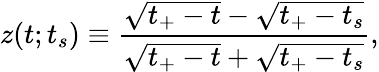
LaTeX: z(t;t_{s})\equiv\frac{\sqrt{t_{+}-t}-\sqrt{t_{+}-t_{s}}}{\sqrt{t_{+}-t}+\sqrt{t_{+}-t_{s}}},